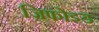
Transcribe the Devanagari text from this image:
ज़िफोइड